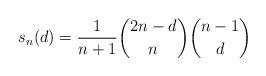
LaTeX: \begin{gather*}s_n(d)={1 \over n+1}{2n-d \choose n} {n-1 \choose d}\end{gather*}